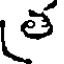
త